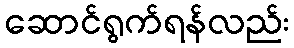
ဆောင်ရွက်ရန်လည်း